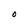
Character: O